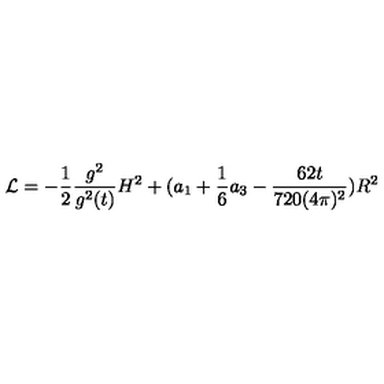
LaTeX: { \cal L } = - \frac { 1 } { 2 } \frac { g ^ { 2 } } { g ^ { 2 } ( t ) } H ^ { 2 } + ( a _ { 1 } + \frac { 1 } { 6 } a _ { 3 } - \frac { 6 2 t } { 7 2 0 ( 4 \pi ) ^ { 2 } } ) R ^ { 2 }